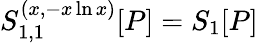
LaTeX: S_{1,1}^{(x,-x\ln x)}[P]=S_{1}[P]